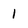
Character: l